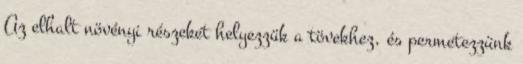
Az elhalt növényi részeket helyezzük a tövekhez, és permetezzünk